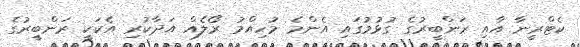
ކެޓްރީނާ އާއި ރަންބީރުގެ ގުޅުމުގައި އެންމެ މުހިއްމު ރޯލެއް އަދާކުރި އެކަކީ ރަންބީރުގެ